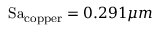
\mathrm { S a } _ { \mathrm { c o p p e r } } = 0 . 2 9 1 \mu m